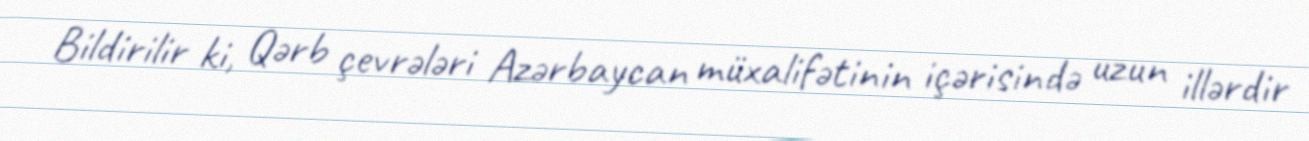
Bildirilir ki, Qərb çevrələri Azərbaycan müxalifətinin içərisində uzun illərdir